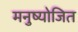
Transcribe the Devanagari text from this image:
मनुष्योजित